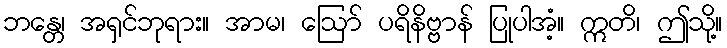
ဘန္တေ၊ အရှင်ဘုရား။ အာမ၊ ဩော် ပရိနိဗ္ဗာန် ပြုပါအံ့။ ဣတိ၊ ဤသို့။